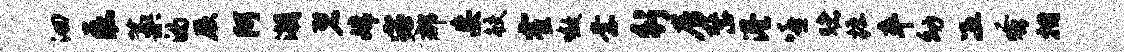
洄磊藁的厥阿潮碧嫦宓郡妄鲛霍嗷柰行居整港嘻赌掘卒幼冱蚤拊